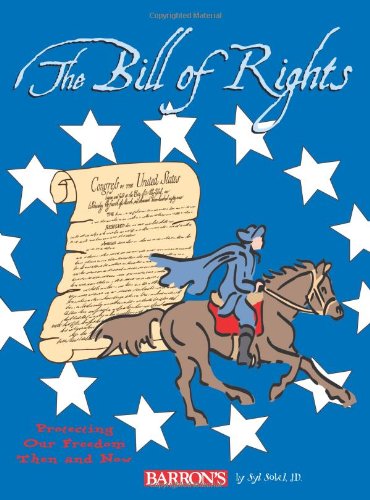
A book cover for The Bill of Rights: Protecting Our Freedom Then and Now; Syl Sobel J.D.; Children's Books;